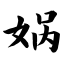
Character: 娲